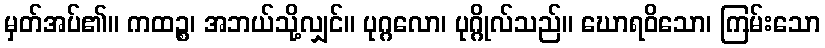
မှတ်အပ်၏။ ကထဉ္စ၊ အဘယ်သို့လျှင်။ ပုဂ္ဂလော၊ ပုဂ္ဂိုလ်သည်။ ဃောရဝိသော၊ ကြမ်းသော